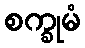
စက္ခုမံ